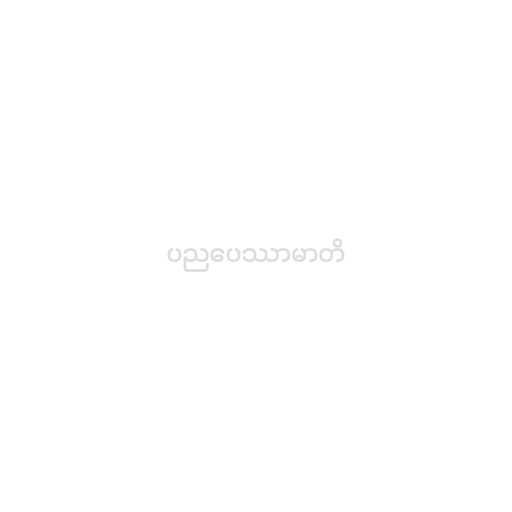
ပညပေဿာမာတိ